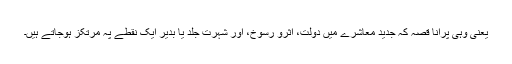
یعنی وہی پرانا قصہ کہ جدید معاشرے میں دولت، اثرو رسوخ، اور شہرت جلد یا بدیر ایک نقطے پہ مرتکز ہوجاتے ہیں۔